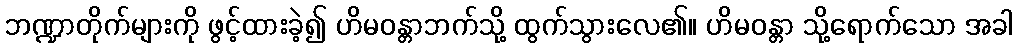
ဘဏ္ဍာတိုက်များကို ဖွင့်ထားခဲ့၍ ဟိမဝန္တာဘက်သို့ ထွက်သွားလေ၏။ ဟိမဝန္တာ သို့ရောက်သော အခါ